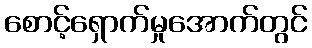
စောင့်ရှောက်မှုအောက်တွင်